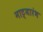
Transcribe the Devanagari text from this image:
नाट्यारंभ